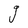
Character: g